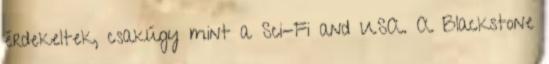
érdekeltek, csakúgy mint a Sci-Fi and USA. A Blackstone